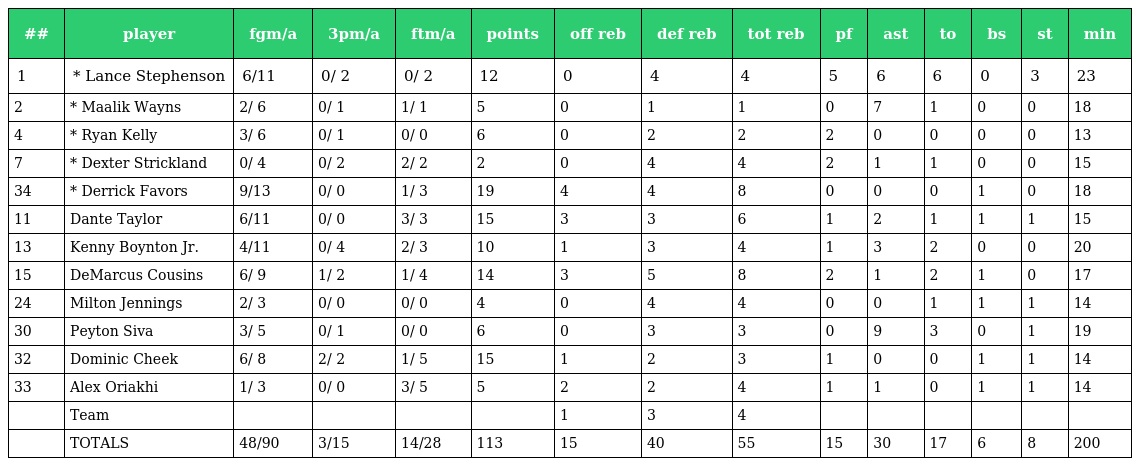
| ## | player | fgm/a | 3pm/a | ftm/a | points | off reb | def reb | tot reb | pf | ast | to | bs | st | min |
 | --- | --- | --- | --- | --- | --- | --- | --- | --- | --- | --- | --- | --- | --- | --- |
 | 1 | * Lance Stephenson | 6/11 | 0/ 2 | 0/ 2 | 12 | 0 | 4 | 4 | 5 | 6 | 6 | 0 | 3 | 23 |
 | 2 | * Maalik Wayns | 2/ 6 | 0/ 1 | 1/ 1 | 5 | 0 | 1 | 1 | 0 | 7 | 1 | 0 | 0 | 18 |
 | 4 | * Ryan Kelly | 3/ 6 | 0/ 1 | 0/ 0 | 6 | 0 | 2 | 2 | 2 | 0 | 0 | 0 | 0 | 13 |
 | 7 | * Dexter Strickland | 0/ 4 | 0/ 2 | 2/ 2 | 2 | 0 | 4 | 4 | 2 | 1 | 1 | 0 | 0 | 15 |
 | 34 | * Derrick Favors | 9/13 | 0/ 0 | 1/ 3 | 19 | 4 | 4 | 8 | 0 | 0 | 0 | 1 | 0 | 18 |
 | 11 | Dante Taylor | 6/11 | 0/ 0 | 3/ 3 | 15 | 3 | 3 | 6 | 1 | 2 | 1 | 1 | 1 | 15 |
 | 13 | Kenny Boynton Jr. | 4/11 | 0/ 4 | 2/ 3 | 10 | 1 | 3 | 4 | 1 | 3 | 2 | 0 | 0 | 20 |
 | 15 | DeMarcus Cousins | 6/ 9 | 1/ 2 | 1/ 4 | 14 | 3 | 5 | 8 | 2 | 1 | 2 | 1 | 0 | 17 |
 | 24 | Milton Jennings | 2/ 3 | 0/ 0 | 0/ 0 | 4 | 0 | 4 | 4 | 0 | 0 | 1 | 1 | 1 | 14 |
 | 30 | Peyton Siva | 3/ 5 | 0/ 1 | 0/ 0 | 6 | 0 | 3 | 3 | 0 | 9 | 3 | 0 | 1 | 19 |
 | 32 | Dominic Cheek | 6/ 8 | 2/ 2 | 1/ 5 | 15 | 1 | 2 | 3 | 1 | 0 | 0 | 1 | 1 | 14 |
 | 33 | Alex Oriakhi | 1/ 3 | 0/ 0 | 3/ 5 | 5 | 2 | 2 | 4 | 1 | 1 | 0 | 1 | 1 | 14 |
 |  | Team |  |  |  |  | 1 | 3 | 4 |  |  |  |  |  |  |
 |  | TOTALS | 48/90 | 3/15 | 14/28 | 113 | 15 | 40 | 55 | 15 | 30 | 17 | 6 | 8 | 200 |